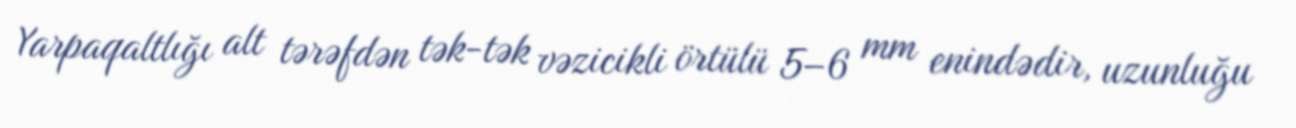
Yarpaqaltlığı alt tərəfdən tək-tək vəzicikli örtülü 5–6 mm enindədir, uzunluğu